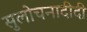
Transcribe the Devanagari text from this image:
सुलोचनादीदी